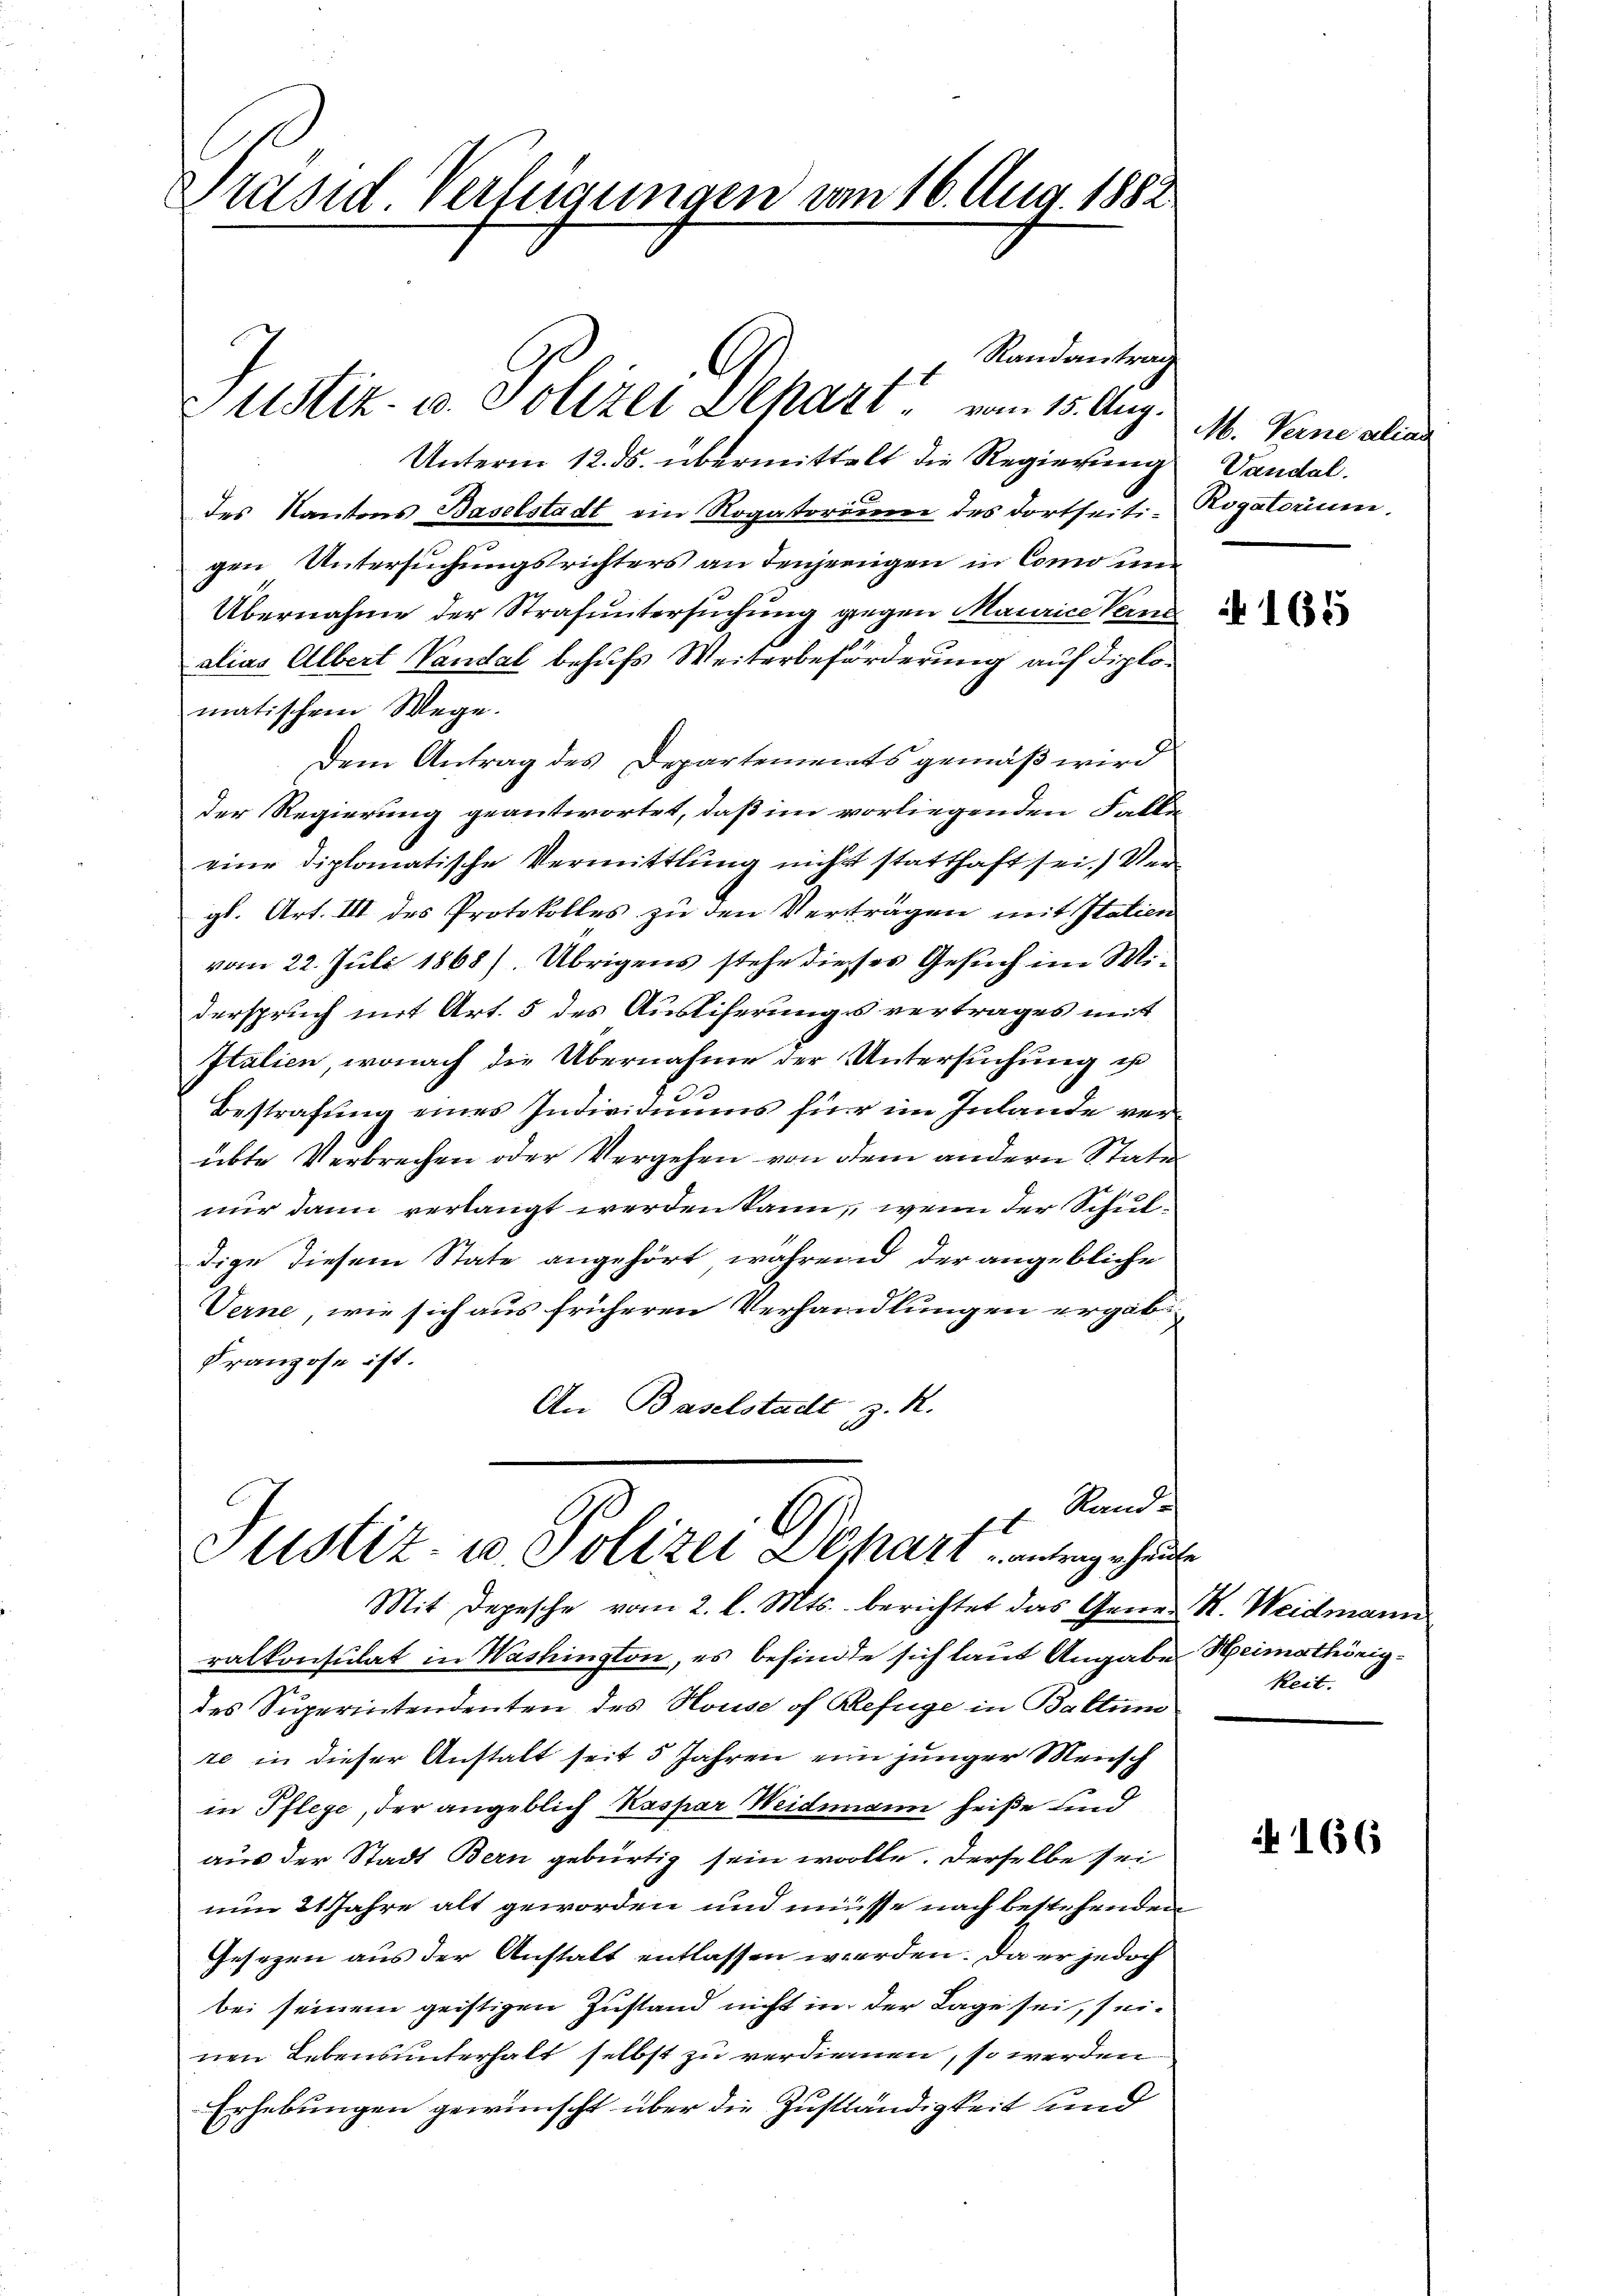
Präsid Verfügungen vom 16. Aug. 1882

Randantrag
Justiz- u. Polizei Depart vom 15. Aug.
Unterm 12. ds. übermittelt die Regierung
x
des Kantons Baselstadt ein Rogatorium des dortseitigen Untersuchungsrichters an denjenigen in Como und
Übernahme der Strafuntersuchung gegen Maurice Pend
alias Albert Vandal behufs Weiterbeförderung auf diplomatischem Wege.
Dem Antrag des Departements gemäß wird
der Regierung geantwortet, daß im vorliegenden Falle
eine diplomatische Vermittlung nicht statthaft sei.) Vergl. Art. III des Protokolles zu den Verträgen mit Statien
vom 22. Juli 1868) Übrigens stehe dieses Gesuch im Miderspruch mit Art. 5 des Auslieferungsvertrages mit
Italien, wonach die Übernahme der Untersuchung es
Bestrafung eines Individuums für im Inlande verübte Verbrechen oder Vergehen von dem andern Statu
nur dann verlangt werden kann, wenn der Schuldige diesem State angehört während der angebliche
Terne, wie sich aus früheren Verhandlungen ergäb
Franzose ist.
An Baselstadt, z. R.
z. Rand

t

Justiz- u. Polizei Depart antrage heute

Mit Depesche vom 2. l. Mts. berichtet das Gener St. Weidmann
ralkonsulat in Washington, es befinde sich laut Angabe Heimathörigdes Superintendenten des House of Befüge in Baltun
te in dieser Anstalt seit 5 Jahren eine junger Mensch
in Pflege, der angeblich Kaspar Weidmann heiße sind
aus der Stadt Bern gebürtig sein wolle. Derselbe sei
nun 21 Jahre alt geworden und müsse nach bestehenden
Gesezen aus der Anstalt entlassen werden. Da er jedoch
bei seinem geistigen Zustand nicht in der Lage sei, seinen Lebensunterhalt selbst zu verdienen, so werden
Erhebungen gewünscht über die Zuständigkeit und

M. Verne alias
Vandal.
Rogatorium.

keit.

N 166